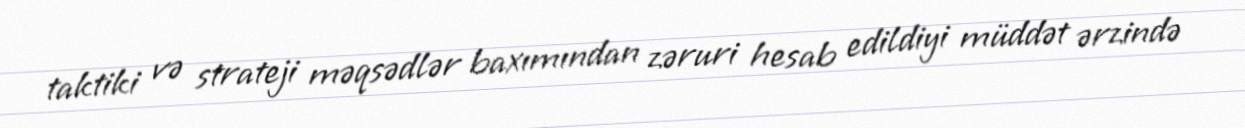
taktiki və strateji məqsədlər baxımından zəruri hesab edildiyi müddət ərzində